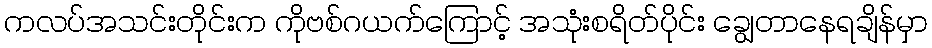
ကလပ်အသင်းတိုင်းက ကိုဗစ်ဂယက်ကြောင့် အသုံးစရိတ်ပိုင်း ချွေတာနေရချိန်မှာ